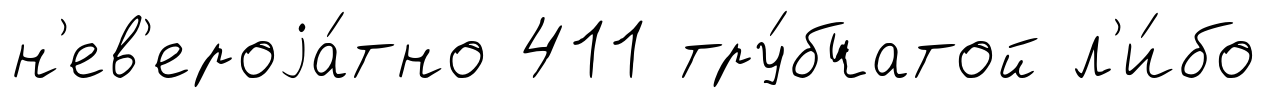
н'ев'ероjа́тно 411 тру́бчатой л'и́бо